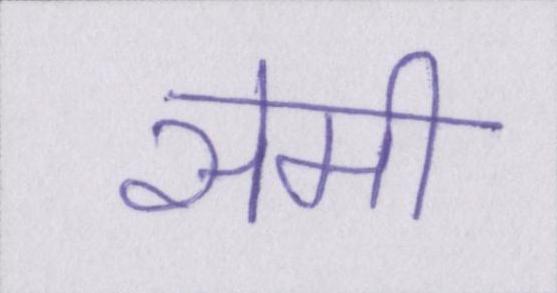
सेमी